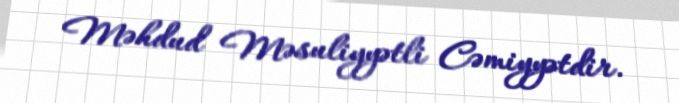
Məhdud Məsuliyyətli Cəmiyyətdir.